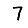
Digit: 7